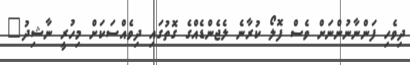
ދިވެހި ފަންނާނުންނަށް ވެސް ފޮލޯ ކުރާނެ ލެޖެންޑެއްގެ ގޮތުގައި ދިވެއްސަކަށް މިހުރީ ނާޝިދު"